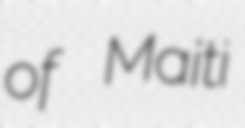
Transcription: of Maiti